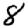
Digit: 8